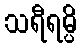
သရီရမ္ပိ